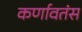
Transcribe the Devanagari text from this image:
कर्णावतंस